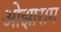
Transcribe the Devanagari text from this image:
ओझाराम